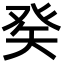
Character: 𤼩